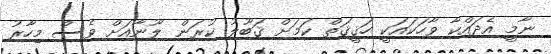
ނާމީ އެދައްކާ ވާހަކައަކީ ހަޤީޤަތް ކަމަށް ޤަބޫލު ކުރަން ލޫނާއަށް ވެސް މިހާރު